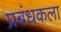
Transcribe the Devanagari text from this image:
प्रबंधकला